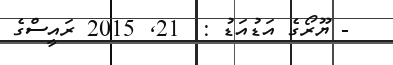
- ޔޫރޯގެ އަޑުއަޑު :  21